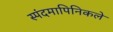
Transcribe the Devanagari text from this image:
स्पंदमापिनिकले